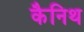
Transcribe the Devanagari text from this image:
कैनिथ